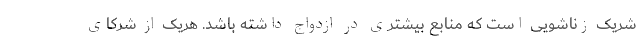
شریک زناشویی است که منابع بیشتری در ازدواج داشته باشد. هریک از شرکای